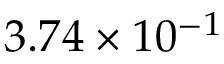
3 . 7 4 \times 1 0 ^ { - 1 }